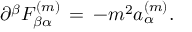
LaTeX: \partial ^ { \beta } F _ { \beta \alpha } ^ { ( m ) } \, = \, - m ^ { 2 } a _ { \alpha } ^ { ( m ) } .